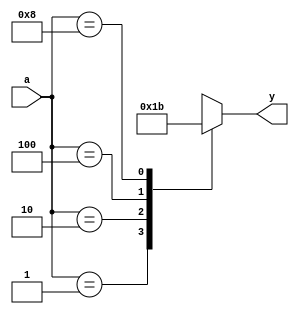
module enc_4to2_case (a, y);
    input  [3:0] a;
    output [1:0] y;
    reg    [1:0] y;

    always @(a) begin
        casex(a)
            4'b0001 : y = 0;
            4'b0010 : y = 1;
            4'b0100 : y = 2;
            4'b1000 : y = 3;
            default : y = 2'bx;
        endcase
    end
endmodule